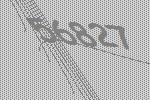
56827